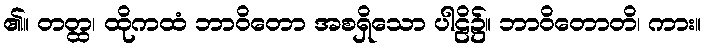
၏။ တတ္ထ၊ ထိုကထံ ဘာဝိတော အစရှိသော ပါဠိ၌။ ဘာဝိတောတိ၊ ကား။